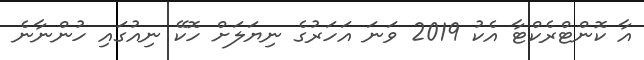
އާ ކޮންޓްރެކްޓާ އެކު 2019 ވަނަ އަހަރުގެ ނިޔަލަށް ހޮކޭ ނިއުގައި ހުންނާނެ